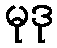
မုဒု